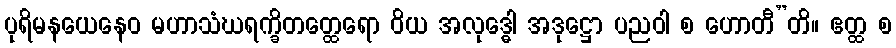
ပုရိမနယေနေဝ မဟာသံဃရက္ခိတတ္ထေရော ဝိယ အလုဒ္ဓေါ အဒုဋ္ဌော ပညဝါ စ ဟောတီ”တိ။ ဧတ္ထ စ